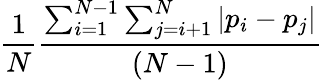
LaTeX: \frac{1}{N}\frac{\sum_{i=1}^{N-1}\sum_{j=i+1}^{N}\left|p_{i}-p_{j}\right|}{(N-1)}